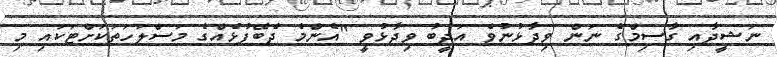
ނަޝީދާއި ގާސިމްގެ ނަން ވިދާޅުނުވެ އަދީބު ވިދާޅުވީ "އެންމެ ދެބޭފުޅެއްގެ މަސްލަހަތަކަށްޓަކައި މި